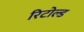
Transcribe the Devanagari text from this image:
रिटोल्ड